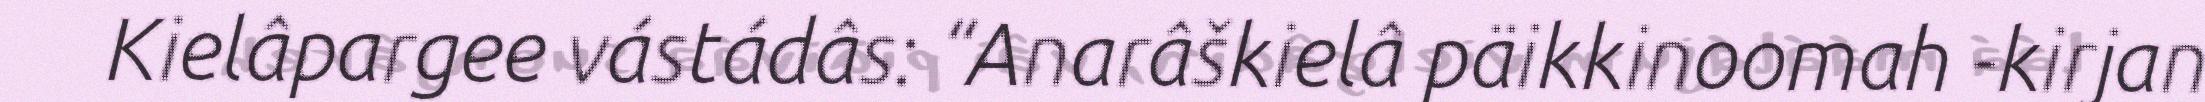
Kielâpargee vástádâs: “Anarâškielâ päikkinoomah -kirjan